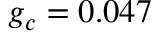
g _ { c } = 0 . 0 4 7